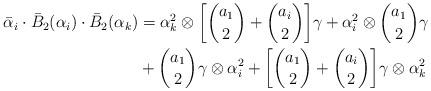
LaTeX: \begin{align*} \bar{\alpha}_i\cdot \bar{B}_2(\alpha_i)\cdot\bar{B}_2(\alpha_k)&=\alpha_k^2\otimes \bigg[\binom{a_1}{2}+\binom{a_i}{2}\bigg]\gamma +\alpha_i^2\otimes \binom{a_1}{2}\gamma \\& +\binom{a_1}{2}\gamma\otimes\alpha_i^2+\bigg[\binom{a_1}{2}+\binom{a_i}{2}\bigg]\gamma\otimes \alpha_k^2 \\\end{align*}